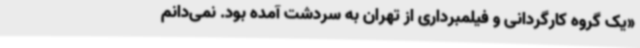
«یک گروه کارگردانی و فیلمبرداری از تهران به سردشت آمده بود. نمی‌دانم